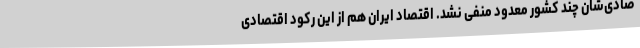
صادی‌شان چند کشور معدود منفی نشد. اقتصاد ایران هم از این رکود اقتصادی